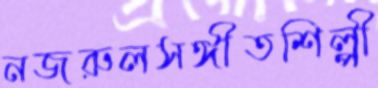
নজরুলসঙ্গীতশিল্পী